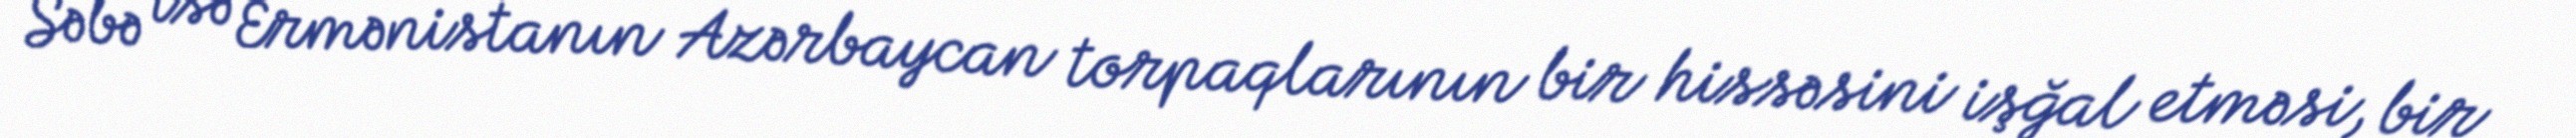
Səbə isə Ermənistanın Azərbaycan torpaqlarının bir hissəsini işğal etməsi, bir